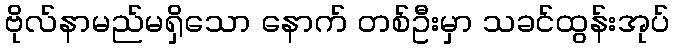
ဗိုလ်နာမည်မရှိသော နောက် တစ်ဦးမှာ သခင်ထွန်းအုပ်